Materia medica of Madras volume I
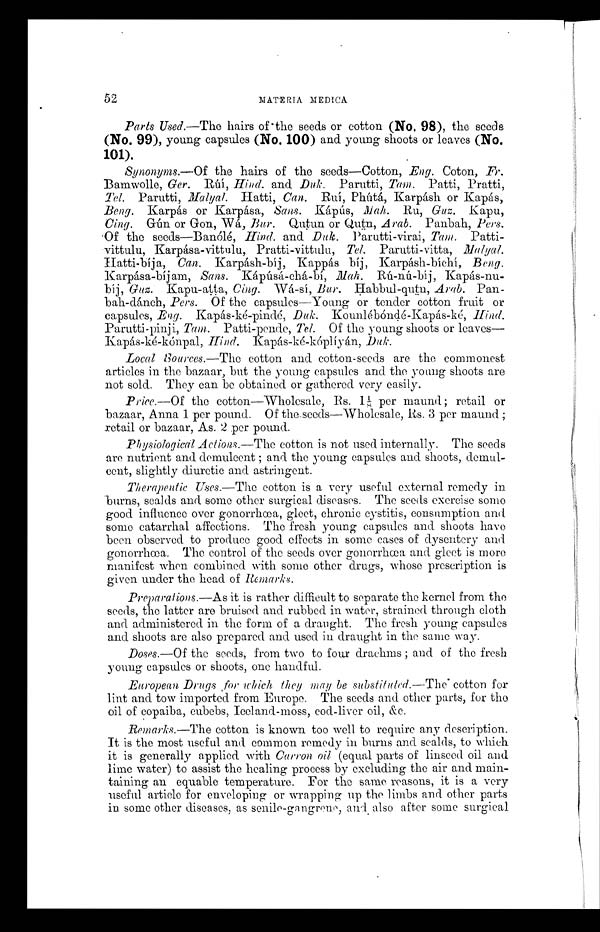
52
MATE RIA MEDICA
Paris Used.—The hairs of the seeds or cotton (No. 98), the seeds
(No. 99), young capsules (No. 100) and young shoots or leaves (No.
101).
Synonyms.—Of the hairs of the seeds—Cotton, Eng. Coton, Fr.
Bamwolle, Ger. Rúí, Hind. and Duk. Parutti, Tam. Patti, Pratti,
Tel. Parutti, Malyal Hatti, Can. Rui, Phútá, Karpásh or Kapás,
Beng. Karpás or Karpása, Sans. Kápús,Mah. Ru,G u z .
K a p u ,
Cing Gún or Gon, Wá,, Bur. Qutun or Qutn, Arab. Panbah, Pers.
Of the seeds—Banólé, Hind. and Duk. Parutti-virai, Tam. Patti-
-vittulu, Karpása-vittulu, Pratti-vittulu, Tel. P a r u t t i - v i t t a ,
Hatti-bíja, Can. Karpásh-bíj , Kappás bíj , Karpásh-bíchí, Beng.
Karpása-bíjam, Sans. Kápúsá-chá-bí,
M a h R ú - n ú - b í j , K a p á s - n u - b í j ,G
u z .
K a p u - a t t a ,
C i n g .
W á - s í ,
B u r .
H a b b u l - q u t n ,
A r a b .
Pan-bah-dánch, Pers. Of the capsules—Young or tender cotton fruit or
capsules, Eng. Kapás-ké-pindé, Duk. Kounlébóndé-Kapás-ké, Hind.
Parutti-pinji, Tam. Patti-pende, Tel. Of the young shoots or
leaves—Kapás-ké-kónpal, Hind. Kapás-ké-kóplíyán, Duk.
Local Sources. The cotton and cotton-seeds are the commonest
articles in the bazaar, but the young capsules and the young shoots are
not sold. They can be obtained or gathered very easily.
Price.—Of the cotton—Wholesale, Rs. 1⅛ p e r m a u n d ; r e t a i l o r
bazaar, Anna 1 per pound. Of the-seeds—Wholesale, Rs. 3 per maund;
retail or bazaar, As. 2 per pound.
Physiological Actions. The cotton is not used internally. The seeds
are nutrient and demulcent ; and the young capsules and shoots, demul-
cent, slightly diuretic and astringent.
Therapeutic Uses.—The cotton is a very useful external remedy in
burns, scalds and some other surgical diseases. The seeds exercise some
good influence over gonorrhœa, gleet, chronic cystitis, consumption and
some catarrhal affections. The fresh young capsules and shoots have
been observed to produce good effects in some cases of dysentery and
gonorrhœa. The control of the seeds over gonorrhœa and gleet is more
manifest when combined with some other drugs, whose prescription is
given under the head of Remarks.
Preparations.—As it is rather difficult to separate the kernel from the
seeds, the latter are bruised and rubbed in water, strained through cloth
and administered in the form of a draught. The fresh young capsules
and shoots are also prepared and used in draught in the same way.
Doses.—Of the seeds, from two to four drachms ; and of the fresh
young capsules or shoots, one handful.
European Drugs for which they may be substituted.—The cotton for
lint and tow imported from Europe. The seeds and other parts, for the
oil of copaiba, cubebs, Iceland-moss, cod-liver oil, &e.
Remarks.—The cotton is known too well to require any description.
It is the most useful and common remedy in burns and scalds, to which
it is generally applied with Carron oil (equal parts of linseed oil and.
lime water) to assist the healing process by excluding the air and main-
taining an equable temperature. For the same reasons, it is a very
useful article for enveloping or wrapping up the limbs and other parts
in some other diseases, as senile-gangrene, and also after some surgical